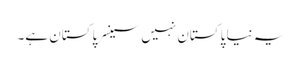
یہ نیا پاکستان نہیں سینسر پاکستان ہے۔